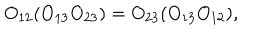
LaTeX: O _ { 1 2 } ( O _ { 1 3 } O _ { 2 3 } ) = O _ { 2 3 } ( O _ { 1 3 } O _ { 1 2 } ) ,